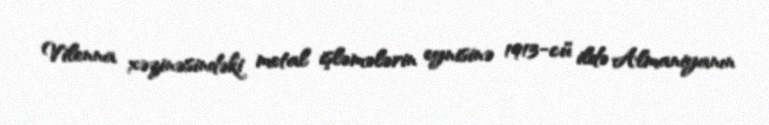
Vilenna xəzinəsindəki metal işləmələrin eynisinə 1913-cü ildə Almaniyanın